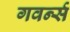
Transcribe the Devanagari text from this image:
गवर्न्स